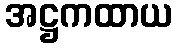
အဋ္ဌကထာယ